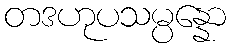
တဒဟုပသမ္ပန္နော